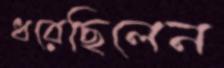
ধরেছিলেন